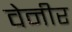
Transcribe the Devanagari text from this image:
वेनीर